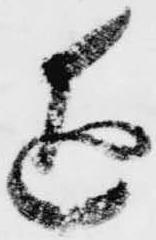
進